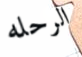
الرحله